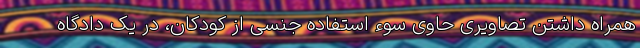
همراه داشتن تصاویری حاوی سوء استفاده جنسی از کودکان، در یک دادگاه